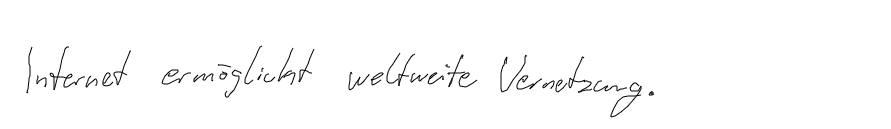
Internet ermöglicht weltweite Vernetzung.